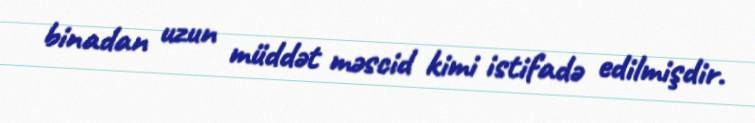
binadan uzun müddət məscid kimi istifadə edilmişdir.